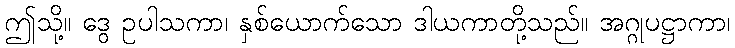
ဤသို့။ ဒွေ ဥပါသကာ၊ နှစ်ယောက်သော ဒါယကာတို့သည်။ အဂ္ဂုပဋ္ဌာကာ၊